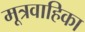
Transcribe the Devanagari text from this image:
मूत्रवाहिका